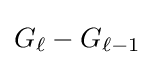
G_{\ell }-G_{\ell -1}